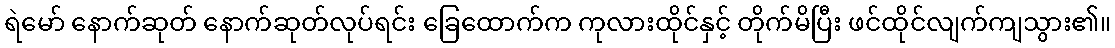
ရဲမော် နောက်ဆုတ် နောက်ဆုတ်လုပ်ရင်း ခြေထောက်က ကုလားထိုင်နှင့် တိုက်မိပြီး ဖင်ထိုင်လျက်ကျသွား၏။